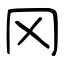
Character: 冈